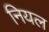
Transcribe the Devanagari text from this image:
नियल